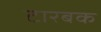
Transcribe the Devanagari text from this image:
टारबक